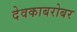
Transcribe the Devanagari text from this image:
देवकाबरोबर